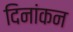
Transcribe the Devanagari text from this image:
दिनांकन